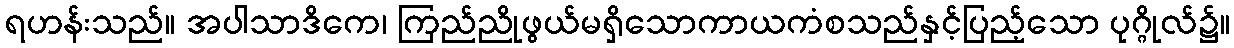
ရဟန်းသည်။ အပါသာဒိကေ၊ ကြည်ညိုဖွယ်မရှိသောကာယကံစသည်နှင့်ပြည့်သော ပုဂ္ဂိုလ်၌။